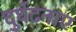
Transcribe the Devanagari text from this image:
दुर्घटनाए